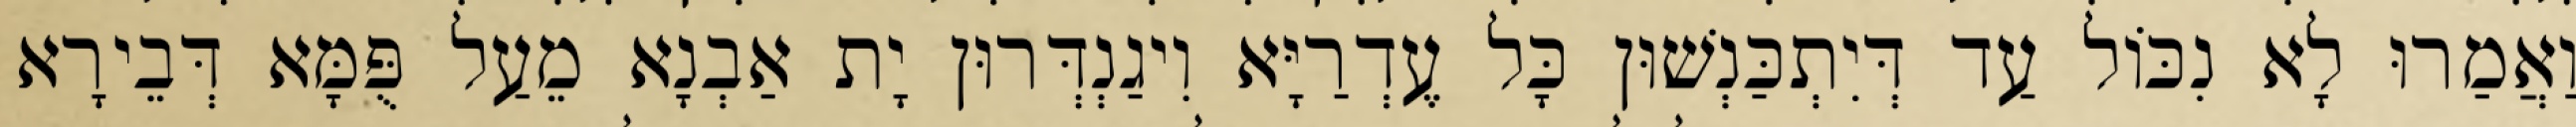
וַאֲמַרוּ לָא נִכּוֹל עַד דְּיִתְכַּנְשׁוּן כָּל עֶדְרַיָּא וִיגַנְדְּרוּן יָת אַבְנָא מֵעַל פֻּמָּא דְּבֵירָא